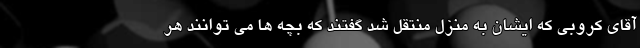
آقای کروبی که ایشان به منزل منتقل شد گفتند که بچه ها می توانند هر